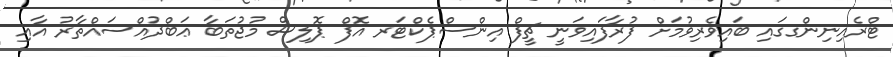
ޓްރެއިނިންގގައި ބައިވެރިވުމަށް ފުރާފައިވަނީ ޗީފް އިންސްޕެކްޓަރ އޮފް ޕޮލިސް މުޖުތަބާ ޢަބްދުއްސައްތާރު އާއި